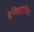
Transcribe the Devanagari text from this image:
डेव्हिडोविच